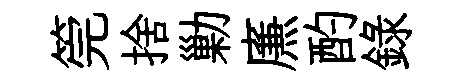
筦捨勦㢘酌録